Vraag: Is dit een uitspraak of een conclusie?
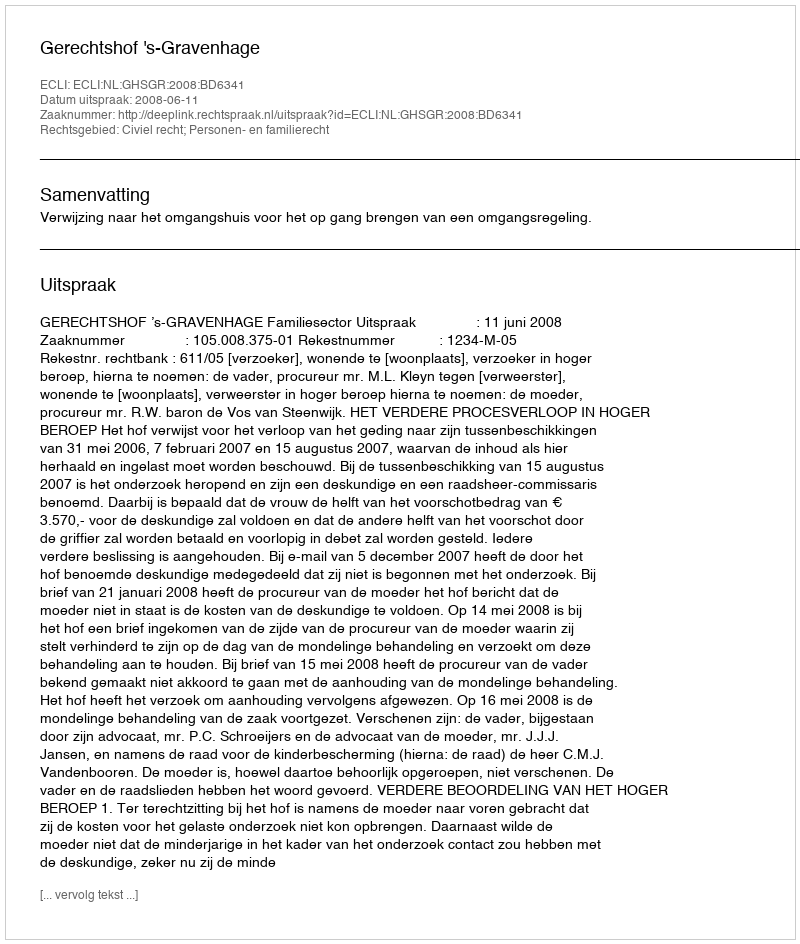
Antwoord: Uitspraak